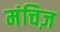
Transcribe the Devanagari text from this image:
मंचिज़